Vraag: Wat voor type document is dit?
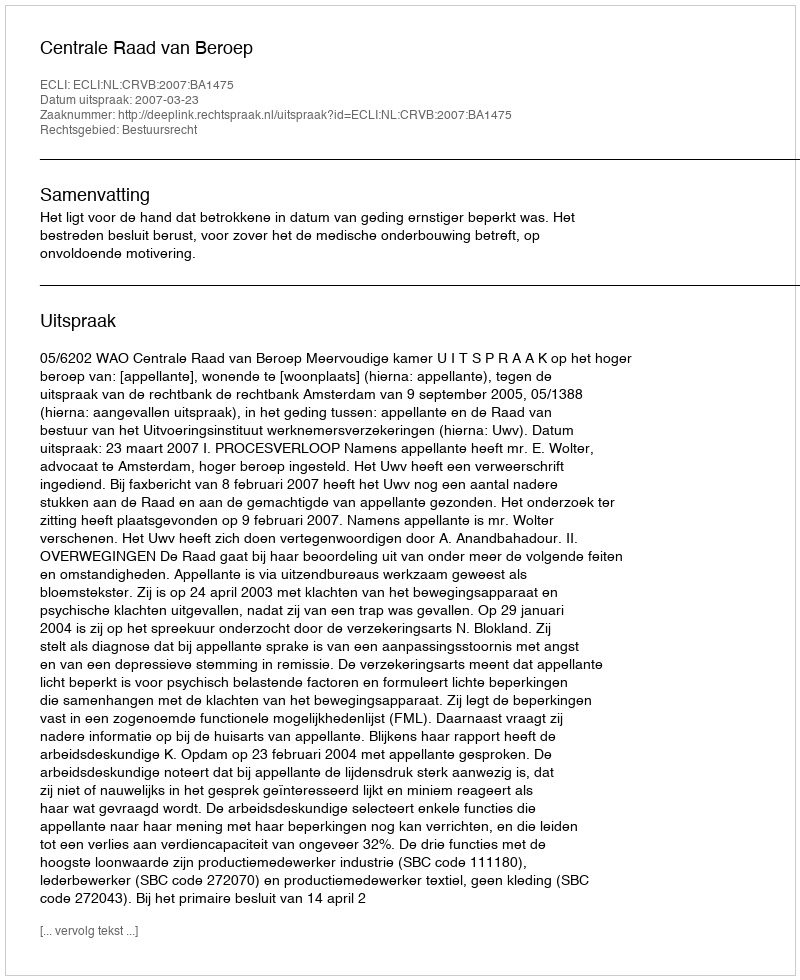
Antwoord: Uitspraak